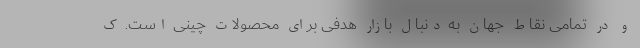
و در تمامی نقاط جهان به دنبال بازار هدفی برای محصولات چینی است. ک